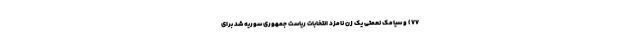
۷۷) و سیامک نعمتی یک زن نامزد انتخابات ریاست جمهوری سوریه شد برای